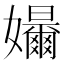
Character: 𪦳